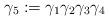
LaTeX: \begin{align*} \gamma_5 := \gamma_1\gamma_2\gamma_3\gamma_4 \end{align*}